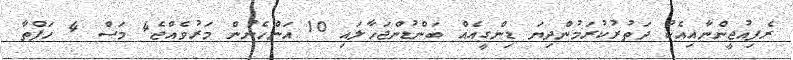
ރެފިއުޖީންނާއިއެކު ދަތުރުކުރަމުންދިޔަ ޑިންގީއެއް ބަންޑުންޖަހާލައި 10 އަންހެނުން މަރުވެއްޖެ4 މަސް 4 ހަފްތާ